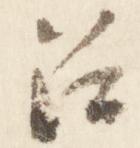
召